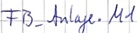
Text: FB_Anlage.M1